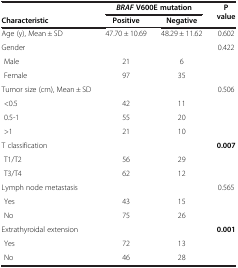
<table><thead><tr><td><b> </b></td><td colspan="2"><b><i>BRAF </i>V600E mutation</b></td><td rowspan="2"><b>P value</b></td></tr><tr><td><b>Characteristic</b></td><td><b>Positive</b></td><td><b>Negative</b></td></tr></thead><tbody><tr><td>Age (y), Mean ± SD</td><td>47.70 ± 10.69</td><td>48.29 ± 11.62</td><td>0.602</td></tr><tr><td>Gender</td><td> </td><td> </td><td>0.422</td></tr><tr><td> Male</td><td>21</td><td>6</td><td> </td></tr><tr><td> Female</td><td>97</td><td>35</td><td> </td></tr><tr><td>Tumor size (cm), Mean ± SD</td><td> </td><td> </td><td>0.506</td></tr><tr><td> &lt;0.5</td><td>42</td><td>11</td><td> </td></tr><tr><td> 0.5-1</td><td>55</td><td>20</td><td> </td></tr><tr><td> &gt;1</td><td>21</td><td>10</td><td> </td></tr><tr><td>T classification</td><td> </td><td> </td><td><b>0.007</b></td></tr><tr><td> T1/T2</td><td>56</td><td>29</td><td> </td></tr><tr><td> T3/T4</td><td>62</td><td>12</td><td> </td></tr><tr><td>Lymph node metastasis</td><td> </td><td> </td><td>0.565</td></tr><tr><td> Yes</td><td>43</td><td>15</td><td> </td></tr><tr><td> No</td><td>75</td><td>26</td><td> </td></tr><tr><td>Extrathyroidal extension</td><td> </td><td> </td><td><b>0.001</b></td></tr><tr><td> Yes</td><td>72</td><td>13</td><td> </td></tr><tr><td> No</td><td>46</td><td>28</td><td> </td></tr></tbody></table>